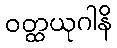
ဝတ္ထယုဂါနိ